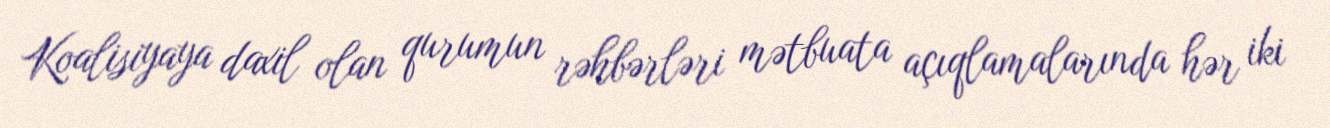
Koalisiyaya daxil olan qurumun rəhbərləri mətbuata açıqlamalarında hər iki